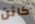
كائن